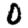
Digit: 0